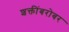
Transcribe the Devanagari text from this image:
शक्तींबरोबर